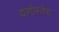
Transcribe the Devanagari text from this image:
यागोस्तेरा